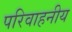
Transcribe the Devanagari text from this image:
परिवाहनीय